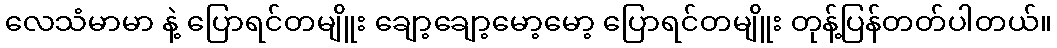
လေသံမာမာ နဲ့ ပြောရင်တမျိူး ချော့ချော့မော့မော့ ပြောရင်တမျိူး တုန့်ပြန်တတ်ပါတယ်။